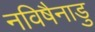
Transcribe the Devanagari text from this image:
नविषैनाडु